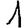
Digit: 1